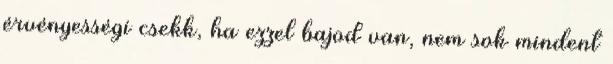
érvényességi csekk, ha ezzel bajod van, nem sok mindent